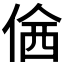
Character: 𠊆